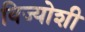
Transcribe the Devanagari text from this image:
विज्योशी